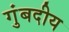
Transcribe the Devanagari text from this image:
गुंबदीय